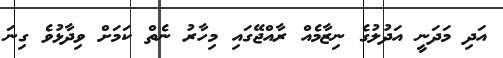
އަދި މަދަނީ އަދުލުގެ ނިޒާމެއް ރާއްޖޭގައި މިހާރު ނެތް ކަމަށް ވިދާޅުވެ ގިނަ